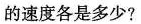
的速度各是多少?